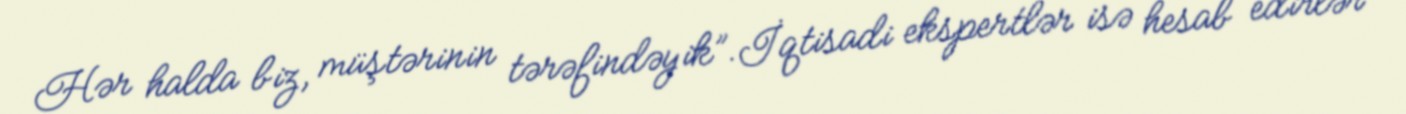
Hər halda biz, müştərinin tərəfindəyik”.İqtisadi ekspertlər isə hesab edirlər